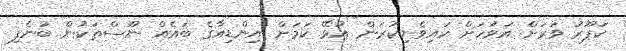
ކަޕޫރު ވަރަށް އަވަހަށް ކައިވެނިކުރަން އުޅޭ ކަމަށް އިންޑިއާގެ ބައެއް ނޫސްތަކުން ބުނެފި